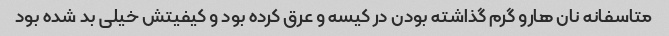
متاسفانه نان هارو گرم گذاشته بودن در کیسه و عرق کرده بود و کیفیتش خیلی بد شده بود